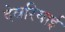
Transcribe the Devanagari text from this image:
देवरियाई